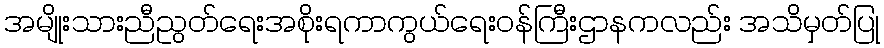
အမျိုးသားညီညွတ်ရေးအစိုးရကာကွယ်ရေးဝန်ကြီးဌာနကလည်း အသိမှတ်ပြု